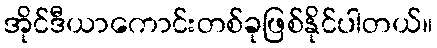
အိုင်ဒီယာကောင်းတစ်ခုဖြစ်နိုင်ပါတယ်။